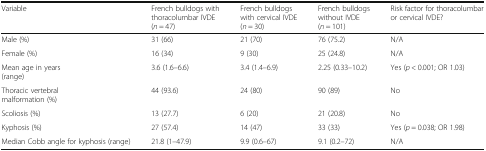
<table><thead><tr><td><b>Variable</b></td><td><b>French bulldogs with thoracolumbar IVDE (<i>n</i> = 47)</b></td><td><b>French bulldogs with cervical IVDE (<i>n</i> = 30)</b></td><td><b>French bulldogs without IVDE (<i>n</i> = 101)</b></td><td><b>Risk factor for thoracolumbar or cervical IVDE?</b></td></tr></thead><tbody><tr><td>Male (%)</td><td>31 (66)</td><td>21 (70)</td><td>76 (75.2)</td><td>N/A</td></tr><tr><td>Female (%)</td><td>16 (34)</td><td>9 (30)</td><td>25 (24.8)</td><td>N/A</td></tr><tr><td>Mean age in years (range)</td><td>3.6 (1.6–6.6)</td><td>3.4 (1.4–6.9)</td><td>2.25 (0.33–10.2)</td><td>Yes (<i>p</i> &lt; 0.001; OR 1.03)</td></tr><tr><td>Thoracic vertebral malformation (%)</td><td>44 (93.6)</td><td>24 (80)</td><td>90 (89)</td><td>No</td></tr><tr><td>Scoliosis (%)</td><td>13 (27.7)</td><td>6 (20)</td><td>21 (20.8)</td><td>No</td></tr><tr><td>Kyphosis (%)</td><td>27 (57.4)</td><td>14 (47)</td><td>33 (33)</td><td>Yes (<i>p</i> = 0.038; OR 1.98)</td></tr><tr><td>Median Cobb angle for kyphosis (range)</td><td>21.8 (1–47.9)</td><td>9.9 (0.6–67)</td><td>9.1 (0.2–72)</td><td>N/A</td></tr></tbody></table>